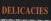
delicacies